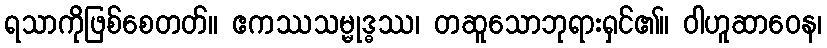
ရသာကိုဖြစ်စေတတ်။ ဧကဿသမ္မုဒ္ဓဿ၊ တဆူသောဘုရားရှင်၏။ ဝါဟူဆာဝေန၊